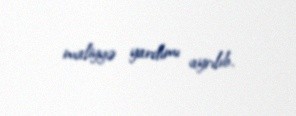
maliyyə yardımı ayrılıb.